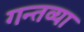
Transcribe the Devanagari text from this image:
गन्तव्या